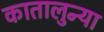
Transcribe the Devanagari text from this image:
कातालुन्या